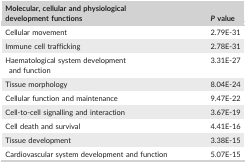
<table><thead><tr><td><b>Molecular, cellular and physiological development functions</b></td><td><b><i>P</i> value</b></td></tr></thead><tbody><tr><td>Cellular movement</td><td>2.79E‐31</td></tr><tr><td>Immune cell trafficking</td><td>2.78E‐31</td></tr><tr><td>Haematological system development and function</td><td>3.31E‐27</td></tr><tr><td>Tissue morphology</td><td>8.04E‐24</td></tr><tr><td>Cellular function and maintenance</td><td>9.47E‐22</td></tr><tr><td>Cell‐to‐cell signalling and interaction</td><td>3.67E‐19</td></tr><tr><td>Cell death and survival</td><td>4.41E‐16</td></tr><tr><td>Tissue development</td><td>3.38E‐15</td></tr><tr><td>Cardiovascular system development and function</td><td>5.07E‐15</td></tr></tbody></table>